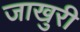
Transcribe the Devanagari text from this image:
जाखुरी